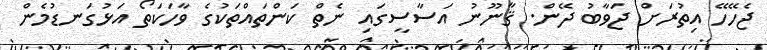
ޖެހޭހޭ އިތުރަށް ޖަވާބު ދޭން. ޤާނޫނު އަސާސީގައި ނެތް ކަންތައްތަކުގެ ވާހަކަތޯ އަޅުގަނޑުމެން